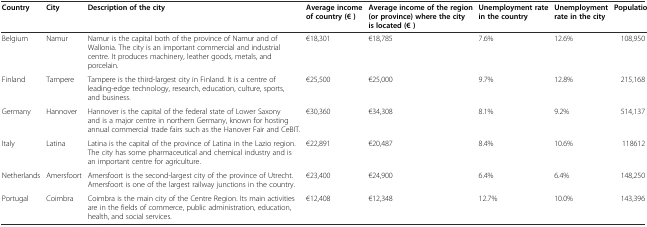
| Country | City | Description of the city | Average income of country (€ ) | Average income of the region (or province) where the city is located (€ ) | Unemployment rate in the country | Unemployment rate in the city | Population |
 | --- | --- | --- | --- | --- | --- | --- | --- |
 | Belgium | Namur | Namur is the capital both of the province of Namur and of Wallonia. The city is an important commercial and industrial centre. It produces machinery, leather goods, metals, and porcelain. | €18,301 | €18,785 | 7.6% | 12.6% | 108,950 |
 | Finland | Tampere | Tampere is the third-largest city in Finland. It is a centre of leading-edge technology, research, education, culture, sports, and business. | €25,500 | €25,000 | 9.7% | 12.8% | 215,168 |
 | Germany | Hannover | Hannover is the capital of the federal state of Lower Saxony and is a major centre in northern Germany, known for hosting annual commercial trade fairs such as the Hanover Fair and CeBIT. | €30,360 | €34,308 | 8.1% | 9.2% | 514,137 |
 | Italy | Latina | Latina is the capital of the province of Latina in the Lazio region. The city has some pharmaceutical and chemical industry and is an important centre for agriculture. | €22,891 | €20,487 | 8.4% | 10.6% | 118612 |
 | Netherlands | Amersfoort | Amersfoort is the second-largest city of the province of Utrecht. Amersfoort is one of the largest railway junctions in the country. | €23,400 | €24,900 | 6.4% | 6.4% | 148,250 |
 | Portugal | Coimbra | Coimbra is the main city of the Centre Region. Its main activities are in the fields of commerce, public administration, education, health, and social services. | €12,408 | €12,348 | 12.7% | 10.0% | 143,396 |